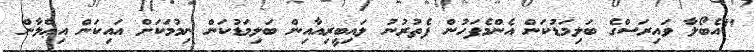
"އެބޯލާ ވައިރަސްގެ ބަލިމަޑުކަން އެންމެފަހުން ފެތުރުނު ލައިބީރިއާއިން ބަލިމަޑުކަން ނިމުމަކަށް އައިކަން އިޢްލާން